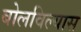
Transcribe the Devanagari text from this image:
बोलविल्यास